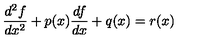
\frac { d ^ { 2 } f } { d x ^ { 2 } } + p ( x ) \frac { d f } { d x } + q ( x ) = r ( x )